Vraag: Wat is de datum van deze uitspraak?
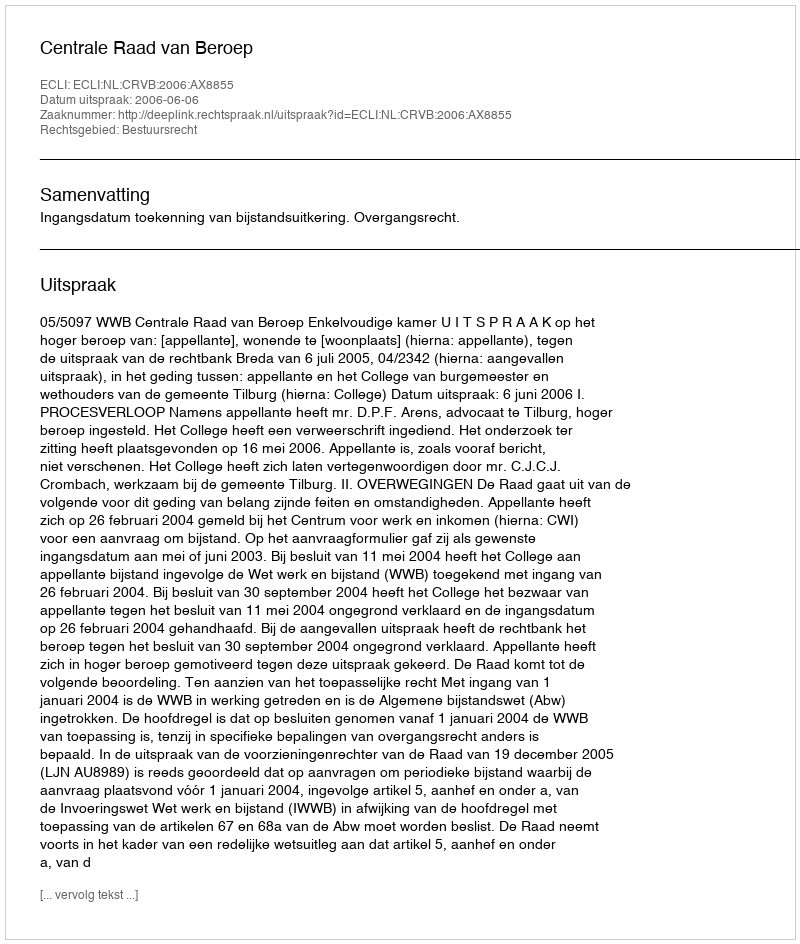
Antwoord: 2006-06-06